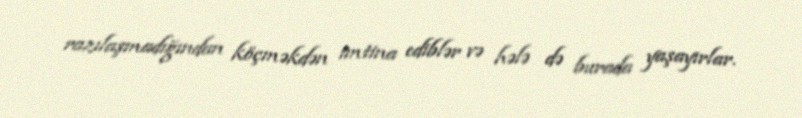
razılaşmadığından köçməkdən imtina ediblər və hələ də burada yaşayırlar.